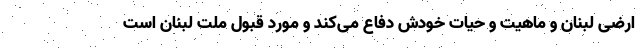
ارضی لبنان و ماهیت و حیات خودش دفاع می‌کند و مورد قبول ملت لبنان است